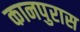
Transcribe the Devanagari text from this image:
कानपुरास